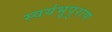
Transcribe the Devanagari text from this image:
स्वयंभूपुराण